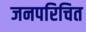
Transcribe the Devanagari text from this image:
जनपरिचित